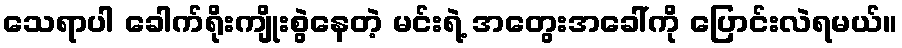
သေရာပါ ခေါက်ရိုးကျိုးစွဲနေတဲ့ မင်းရဲ့ အတွေးအခေါ်ကို ပြောင်းလဲရမယ်။